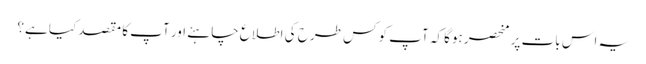
یہ اس بات پر منحصر ہوگا کہ آپ کو کس طرح کی اطلاع چاہئے اور آپ کا مقصد کیا ہے؟